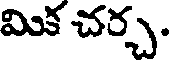
మిక చర్చ.